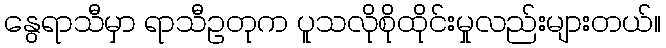
နွေရာသီမှာ ရာသီဥတုက ပူသလိုစိုထိုင်းမှုလည်းများတယ်။